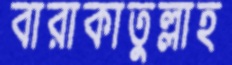
বারাকাতুল্লাহ